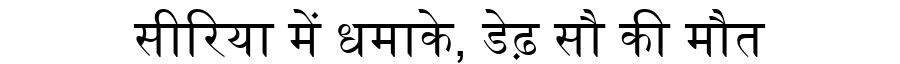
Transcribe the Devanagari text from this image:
सीरिया में धमाके, डेढ़ सौ की मौत